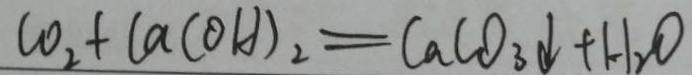
C O _ { 2 } + C a ( O H ) _ { 2 } = C a C O _ { 3 } \downarrow + H _ { 2 } O